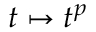
t \mapsto t ^ { p }